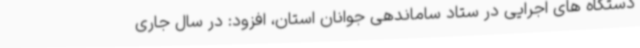
دستگاه های اجرایی در ستاد ساماندهی جوانان استان، افزود: در سال جاری